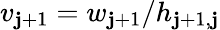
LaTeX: v_{\mathbf{j}+1}=w_{\mathbf{j}+1}/h_{\mathbf{j}+1,\mathbf{j}}